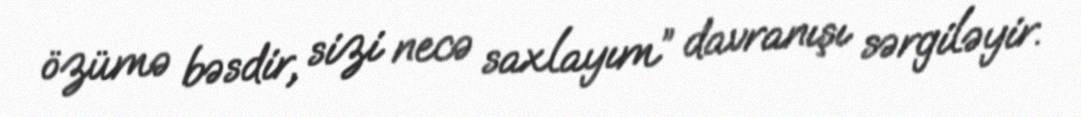
özümə bəsdir, sizi necə saxlayım” davranışı sərgiləyir.